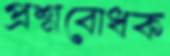
প্রশ্নবোধক